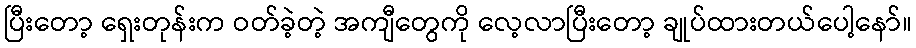
ပြီးတော့ ရှေးတုန်းက ဝတ်ခဲ့တဲ့ အကျီတွေကို လေ့လာပြီးတော့ ချုပ်ထားတယ်ပေါ့နော်။